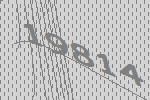
19814